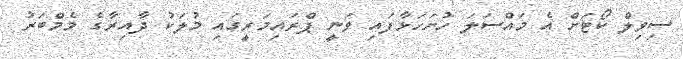
ސިވިލް ކޯޓަށް އެ މައްސަލަ ހުށަހަޅާފައި ވަނީ ޕްރައިމަރީގައި މުލަކު ދާއިރާގެ މެމްބަރު